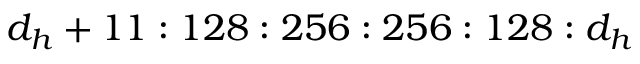
d _ { h } + 1 1 : 1 2 8 : 2 5 6 : 2 5 6 : 1 2 8 : d _ { h }